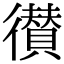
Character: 𢖑